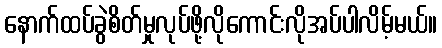
နောက်ထပ်ခွဲစိတ်မှုလုပ်ဖို့လိုကောင်းလိုအပ်ပါလိမ့်မယ်။